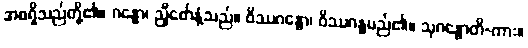
အစရှိသည်တို့၏။ ဂန္ဓော၊ ညှီစော်နံ့သည်။ ဝိဿဂန္ဓော၊ ဝိဿဂန္ဓမည်၏။ သုဂန္ဓောတိ-ကား။